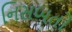
નિસબતો